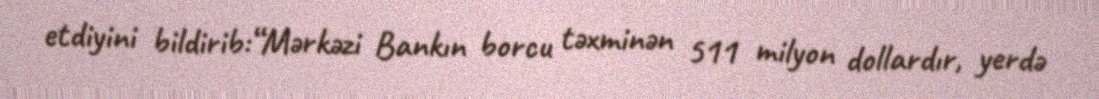
etdiyini bildirib:“Mərkəzi Bankın borcu təxminən 511 milyon dollardır, yerdə